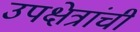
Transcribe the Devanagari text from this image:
उपक्षेत्रांची